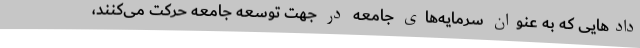
دادهایی که به عنوان سرمایه‌های جامعه در جهت توسعه جامعه حرکت می‌کنند،